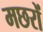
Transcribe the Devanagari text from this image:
मछरों